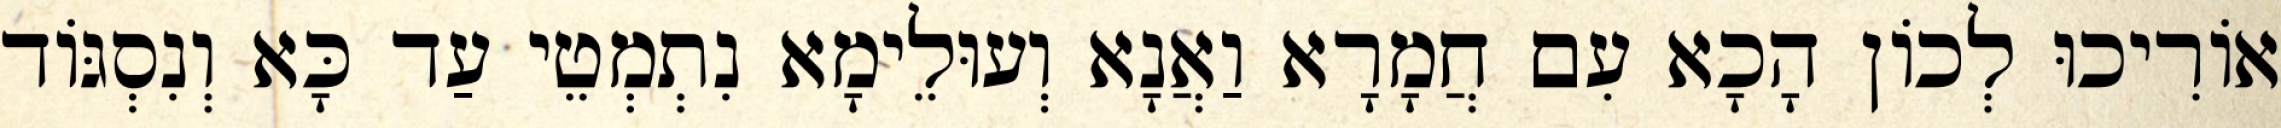
אוֹרִיכוּ לְכוֹן הָכָא עִם חֲמָרָא וַאֲנָא וְעוּלֵימָא נִתְמְטֵי עַד כָּא וְנִסְגּוֹד